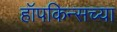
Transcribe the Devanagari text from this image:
हॉपकिन्सच्या